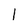
Character: 1